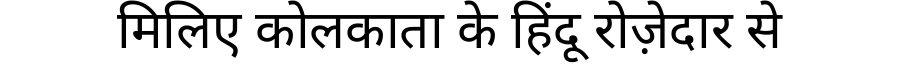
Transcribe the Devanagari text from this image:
मिलिए कोलकाता के हिंदू रोज़ेदार से